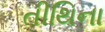
તીથિના